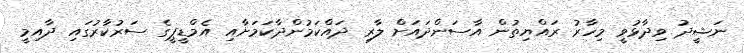
ނަޝީދު ވިދާޅުވީ މިހާރު ރައްޔިތުން އާސަންދައަށް ލާރި ދައްކަމުންދާކަމަށާއި އެމްޑީޕީގެ ސަރުކާރުގައި ދާއިމީ